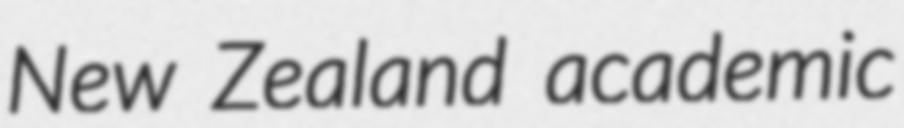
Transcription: New Zealand academic